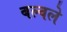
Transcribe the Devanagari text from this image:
बल्वले